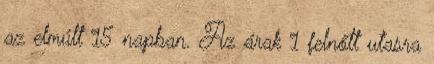
az elmúlt 15 napban. Az árak 1 felnőtt utasra